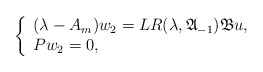
\begin{align*} \left\{ \begin{array}{ll} (\lambda-A_m)w_2=LR(\lambda,\mathfrak{A}_{-1})\mathfrak{B}u, & \hbox{ } \\ Pw_2=0, & \hbox{ } \end{array} \right.\end{align*}